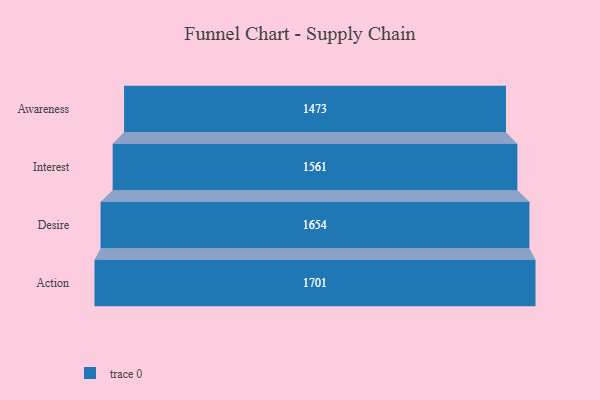
{"axis": {"x": "Stage", "y": "Value"}, "legend": [""], "data": [{"x": "Awareness", "y": 1473.0, "type": ""}, {"x": "Interest", "y": 1561.0, "type": ""}, {"x": "Desire", "y": 1654.0, "type": ""}, {"x": "Action", "y": 1701.0, "type": ""}]}